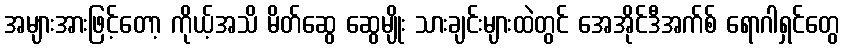
အများအားဖြင့်တော့ ကိုယ့်အသိ မိတ်ဆွေ ဆွေမျိုး သားချင်းများထဲတွင် အေအိုင်ဒီအက်စ် ရောဂါရှင်တွေ